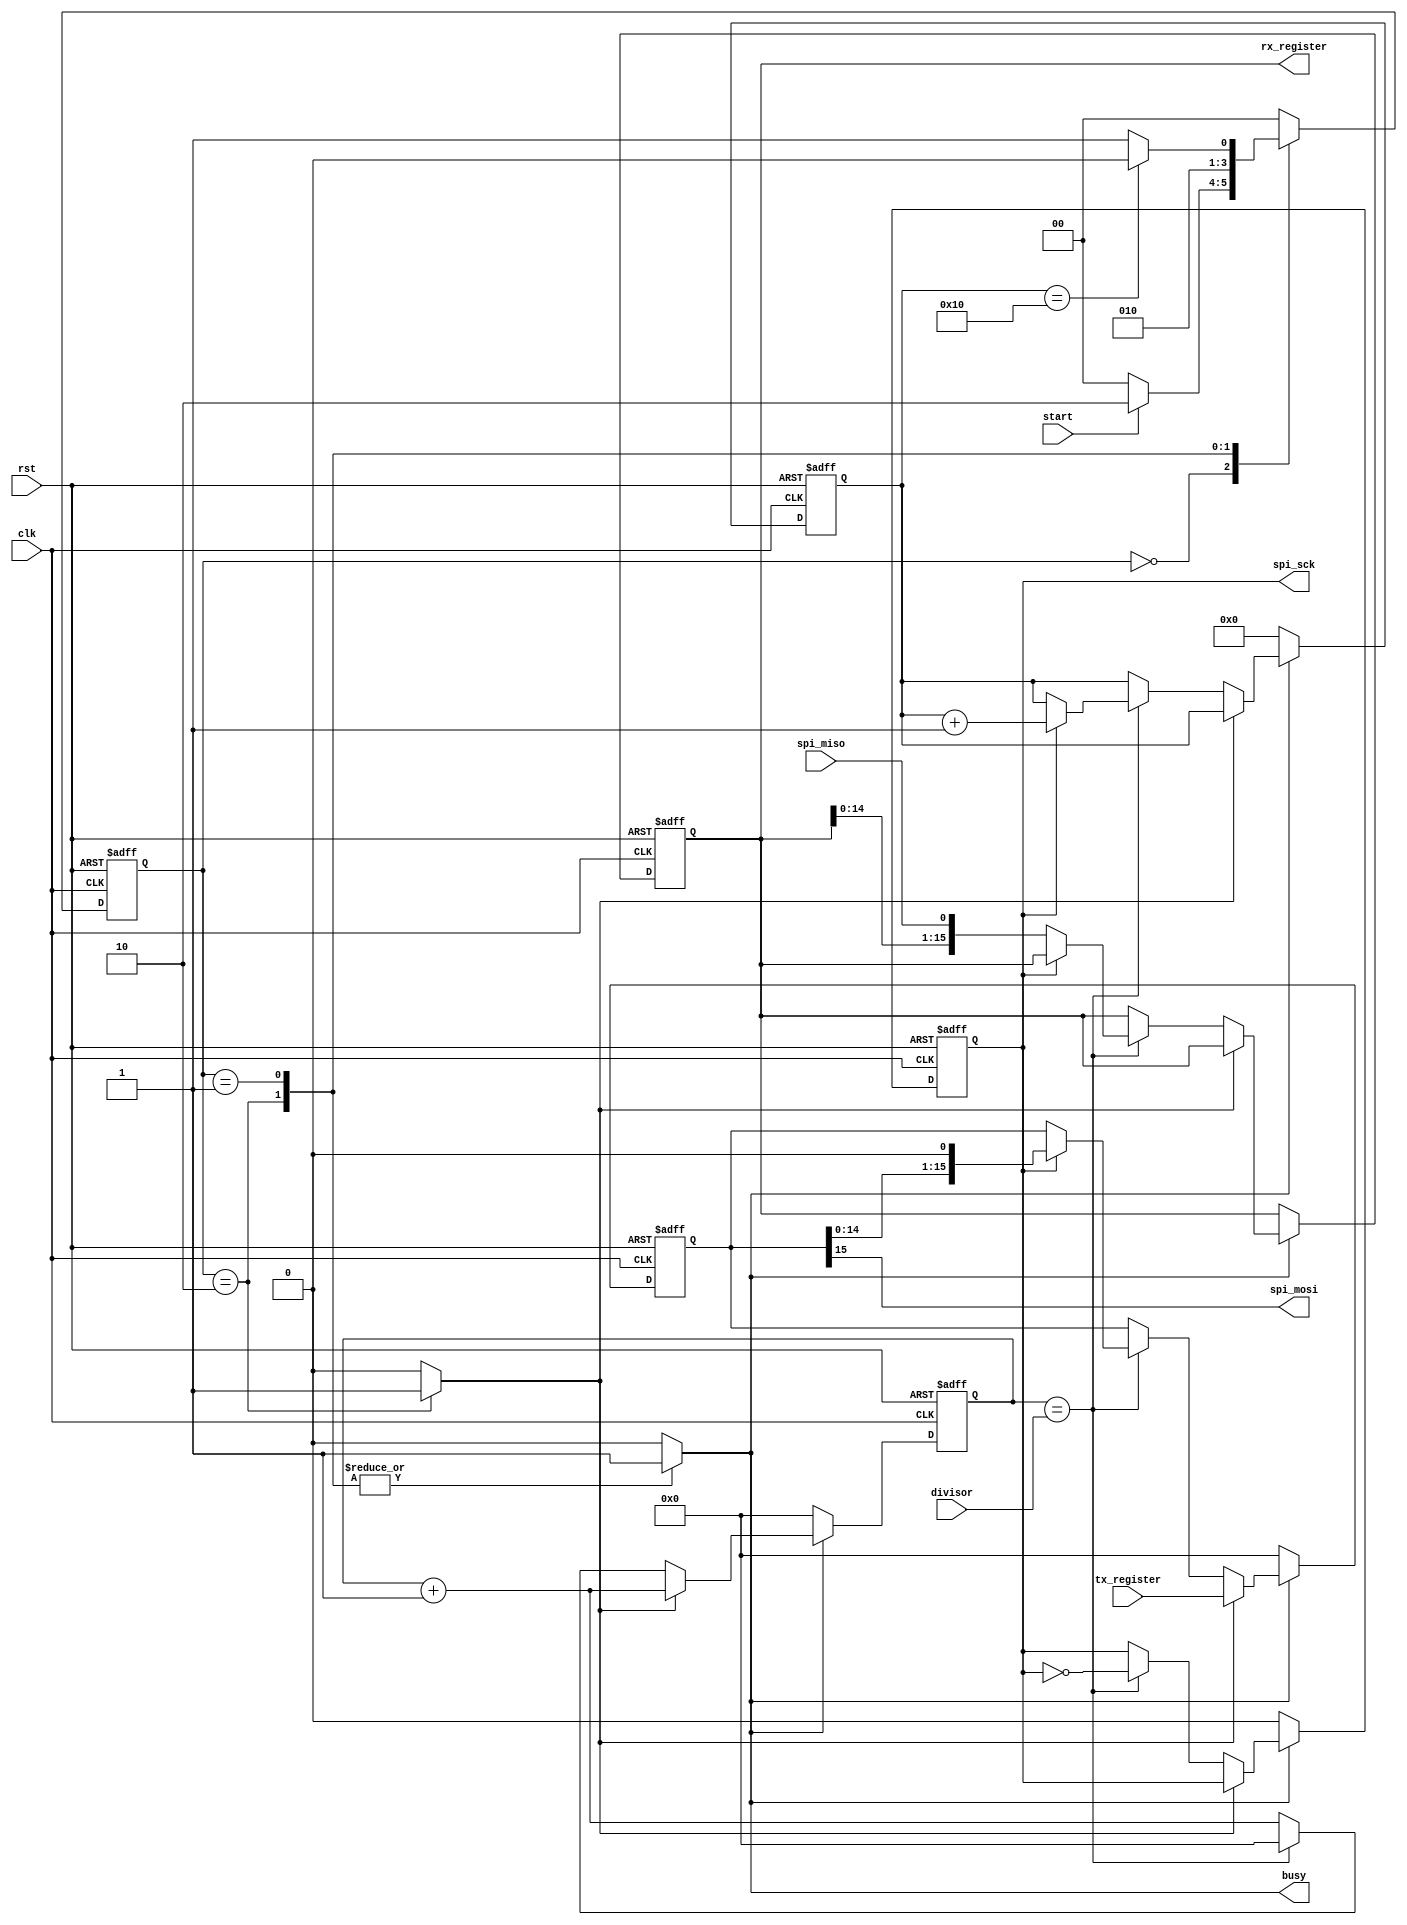
/*
 * Copyright 2016 <Admobilize>
 * MATRIX Labs  [http://creator.matrix.one]
 * This file is part of MATRIX Creator HDL for Spartan 6
 *
 * MATRIX Creator HDL is like free software: you can redistribute 
 * it and/or modify it under the terms of the GNU General Public License 
 * as published by the Free Software Foundation, either version 3 of the 
 * License, or (at your option) any later version.

 * This program is distributed in the hope that it will be useful, but 
 * WITHOUT ANY WARRANTY; without even the implied warranty of 
 * MERCHANTABILITY or FITNESS FOR A PARTICULAR PURPOSE.  See the GNU 
 * General Public License for more details.

 * You should have received a copy of the GNU General Public License along
 * with this program.  If not, see <http://www.gnu.org/licenses/>.
 */


module spi(
	input               clk,
	input               rst,
	// SPI 
	output              spi_sck,
	output              spi_mosi,
	input               spi_miso,
	//Config Register
	input               start,
	input      [15:0]    divisor,
	
	output             busy,
	output reg  [15:0]    rx_register,
	input       [15:0]    tx_register
);


reg sck;
reg [4:0] bitcount;

reg load;
reg active;

assign busy = active;
//prescaler registers for sclk
reg [15:0] prescaler;

//data shift register
reg [15:0] sreg;

assign spi_sck = sck;
assign spi_mosi = sreg[15];

always @(posedge clk or posedge rst) begin
  if (rst ) begin
    sck <= 0;
    bitcount <= 0;
    prescaler <= 0;
    sreg <= 0;
    rx_register <= 0;
  end else begin
    prescaler <= prescaler + 1;
    if(~active) begin
       sck <= 0;
       bitcount <= 0;
       prescaler <= 0;
       sreg <= 0;
       rx_register <= rx_register;
    end else if(load) begin
      sreg <= tx_register;
    end else if (prescaler == divisor) begin
      prescaler <= 8'h00;
      sck <= ~sck;
      if(sck == 1'b1) begin
        bitcount <= bitcount + 1;
        sreg <= sreg << 1;
      end else begin
        rx_register[15:0] <= {rx_register [14:0] ,spi_miso};
      end
    end
  end
end

parameter [1:0]IDLE       = 2'd0;
parameter [1:0]ACTIVE     = 2'd1;
parameter [1:0]LOAD       = 2'd2;

reg [1:0]state;

always @(state) begin
  case(state)
    IDLE: begin
      active = 0;
      load = 0;
    end
    LOAD: begin
      active = 1;
      load = 1;
    end         
    ACTIVE: begin
      active = 1;
      load = 0; 
    end
    default: begin
      active = 0;
      load = 0;    
    end
  endcase
end


always @(negedge clk or posedge rst) begin
  if(rst)
    state <= IDLE;
  else begin
    case(state) 
      IDLE:
        if(start)
          state <= LOAD;
        else
          state <= IDLE; 
      
      LOAD: state <= ACTIVE;
      
      ACTIVE:
        if(bitcount == 5'h10)
          state <= IDLE;
        else
          state <= ACTIVE;
      
      default: state <= IDLE ; 
          
    endcase 
  end 
end 



endmodule